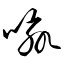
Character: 喩